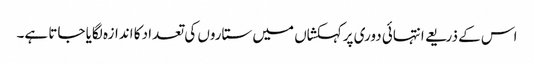
اس کے ذریعے انتہائی دوری پرکہکشاں میں ستاروں کی تعداد کا اندازہ لگایا جاتا ہے۔